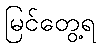
မြင်တွေ့ရ